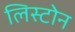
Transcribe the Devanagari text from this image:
लिस्टोन